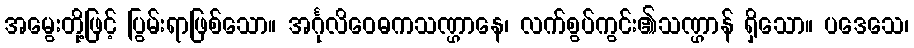
အမွေးတို့ဖြင့် ပြွမ်းရာဖြစ်သော။ အင်္ဂုလိဝေဓကသဏ္ဌာနေ၊ လက်စွပ်ကွင်း၏သဏ္ဌာန် ရှိသော။ ပဒေသေ၊